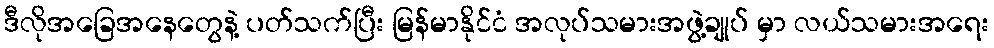
ဒီလိုအခြေအနေတွေနဲ့ ပတ်သက်ပြီး မြန်မာနိုင်ငံ အလုပ်သမားအဖွဲ့ချုပ် မှာ လယ်သမားအရေး